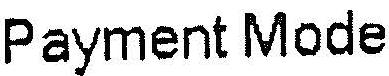
PAYMENT MODE